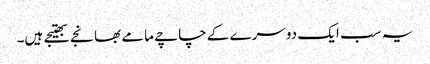
یہ سب ایک دوسرے کے چاچے مامے بھانجے بھتیجے ہیں۔